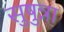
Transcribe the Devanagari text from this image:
सुषुन्ना